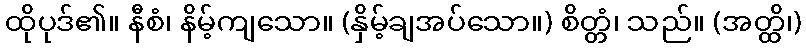
ထိုပုဒ်၏။ နီစံ၊ နိမ့်ကျသော။ (နှိမ့်ချအပ်သော။) စိတ္တံ၊ သည်။ (အတ္ထိ၊)